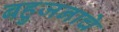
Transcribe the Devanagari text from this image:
बहुजनाचे